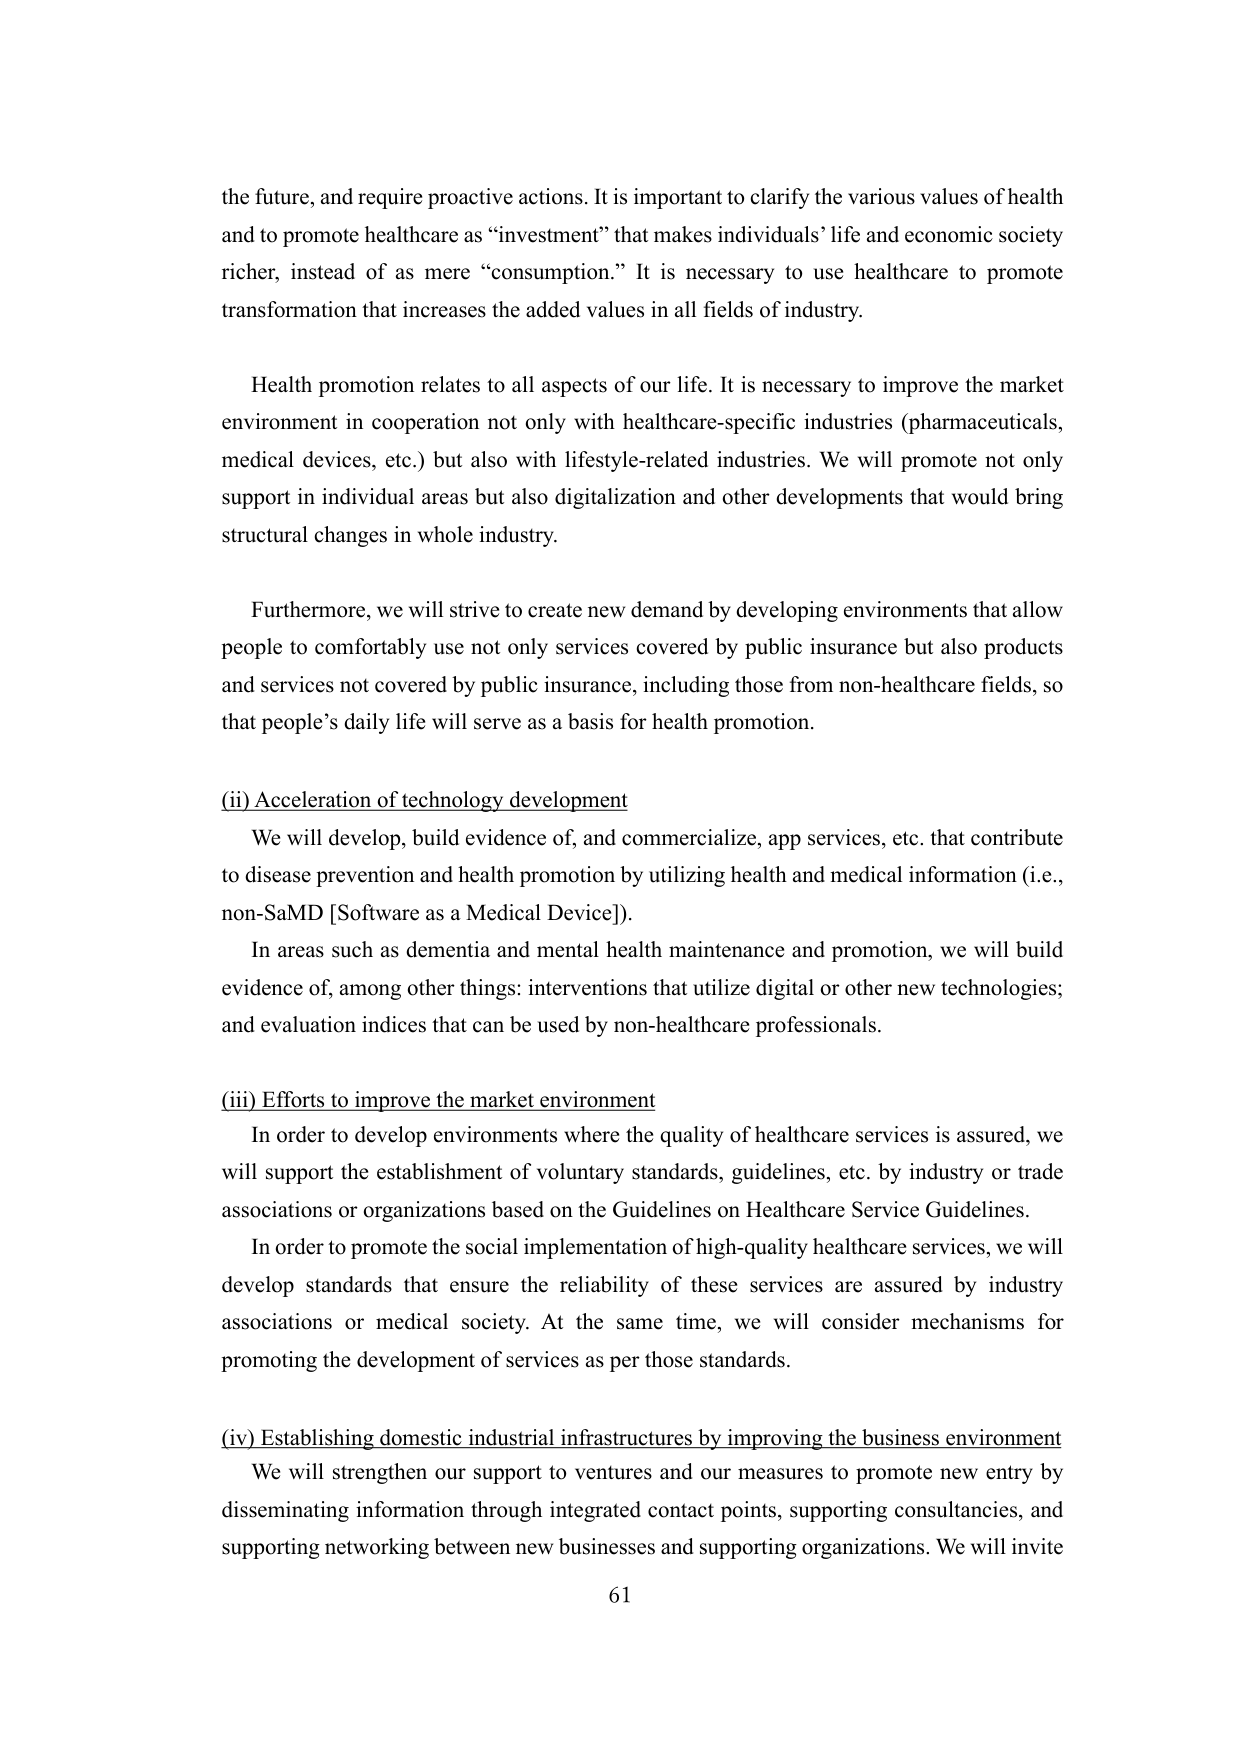
the future, and require proactive actions. It is important to clarify the various values of health and to promote healthcare as “investment” that makes individuals’ life and economic society richer, instead of as mere “consumption.” It is necessary to use healthcare to promote transformation that increases the added values in all fields of industry.

Health promotion relates to all aspects of our life. It is necessary to improve the market environment in cooperation not only with healthcare-specific industries (pharmaceuticals, medical devices, etc.) but also with lifestyle-related industries. We will promote not only support in individual areas but also digitalization and other developments that would bring structural changes in whole industry.

Furthermore, we will strive to create new demand by developing environments that allow people to comfortably use not only services covered by public insurance but also products and services not covered by public insurance, including those from non-healthcare fields, so that people’s daily life will serve as a basis for health promotion.

(ii) Acceleration of technology development
We will develop, build evidence of, and commercialize, app services, etc. that contribute to disease prevention and health promotion by utilizing health and medical information (i.e., non-SaMD [Software as a Medical Device]).
In areas such as dementia and mental health maintenance and promotion, we will build evidence of, among other things: interventions that utilize digital or other new technologies; and evaluation indices that can be used by non-healthcare professionals.

(iii) Efforts to improve the market environment
In order to develop environments where the quality of healthcare services is assured, we will support the establishment of voluntary standards, guidelines, etc. by industry or trade associations or organizations based on the Guidelines on Healthcare Service Guidelines.
In order to promote the social implementation of high-quality healthcare services, we will develop standards that ensure the reliability of these services are assured by industry associations or medical society. At the same time, we will consider mechanisms for promoting the development of services as per those standards.

(iv) Establishing domestic industrial infrastructures by improving the business environment
We will strengthen our support to ventures and our measures to promote new entry by disseminating information through integrated contact points, supporting consultancies, and supporting networking between new businesses and supporting organizations. We will invite

61